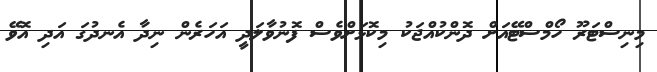
މިނިސްޓަރޫ ހޯމްސްޓޭއަށް ދޮންކުއްޖަކު މިކޮޅަށްވެސް ފޮނުވާލަދީ އަހަރެން ނިދާ އެނދުގަ އަދި އޮވޭ